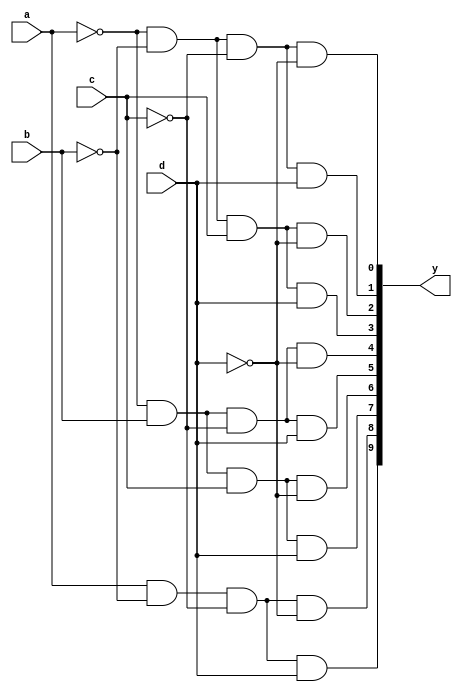
`timescale 1ns / 1ps
module decimal(input a,b,c,d,output [9:0] y);
assign y[0]=((~a) & (~b) & (~c) &(~d));
assign y[1]=((~a) & (~b) & (~c) & d);
assign y[2]=((~a) & (~b) & c & (~d));
assign y[3]=((~a) & (~b) & c & d);
assign y[4]=((~a) & b & (~c) & (~d));
assign y[5]=((~a) & b & (~c) & d);
assign y[6]=((~a) & b & c & (~d));
assign y[7]=((~a) & b & c & d);
assign y[8]=(a & (~b) & (~c) & (~d));
assign y[9]=(a & (~b) & (~c) & d);
endmodule